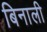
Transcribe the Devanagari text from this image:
बिनाली